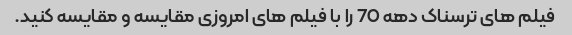
فیلم های ترسناک دهه 70 را با فیلم های امروزی مقایسه و مقایسه کنید.